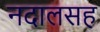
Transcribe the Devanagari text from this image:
नदालसह